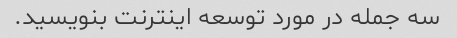
سه جمله در مورد توسعه اینترنت بنویسید.